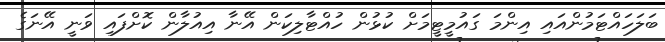
ބަލަހައްޓަމުންއައި އިންމަ ގައުމީޓީމަށް ކުޅުން ހުއްޓާލިކަން އޭނާ އިއުލާން ކޮށްފައި ވަނީ އޭނަގެ